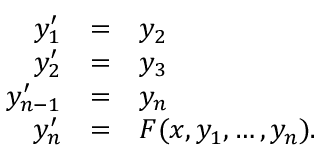
\begin{array} { r c l } { y _ { 1 } ^ { \prime } } & { = } & { y _ { 2 } } \\ { y _ { 2 } ^ { \prime } } & { = } & { y _ { 3 } } \\ { y _ { n - 1 } ^ { \prime } } & { = } & { y _ { n } } \\ { y _ { n } ^ { \prime } } & { = } & { F ( x , y _ { 1 } , \ldots , y _ { n } ) . } \end{array}